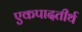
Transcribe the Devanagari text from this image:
एकपादतीर्थ